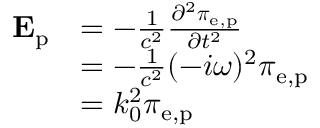
{ \begin{array} { r l } { \mathbf { E } _ { \mathrm { p } } } & { = - { \frac { 1 } { c ^ { 2 } } } { \frac { \partial ^ { 2 } { \boldsymbol { \pi } } _ { \mathrm { e , p } } } { \partial t ^ { 2 } } } } \\ & { = - { \frac { 1 } { c ^ { 2 } } } ( - i \omega ) ^ { 2 } { \boldsymbol { \pi } } _ { \mathrm { e , p } } } \\ & { = k _ { 0 } ^ { 2 } { \boldsymbol { \pi } } _ { \mathrm { e , p } } } \end{array} }